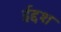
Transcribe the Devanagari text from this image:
ईद्दश